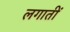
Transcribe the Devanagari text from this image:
लगातीं